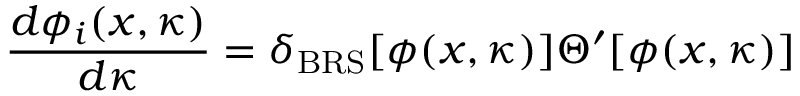
{ \frac { d \phi _ { i } ( x , \kappa ) } { d \kappa } } = \delta _ { \mathrm { B R S } } [ \phi ( x , \kappa ) ] \Theta ^ { \prime } [ \phi ( x , \kappa ) ]